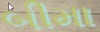
બીમા